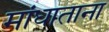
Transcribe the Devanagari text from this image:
मांधाताना